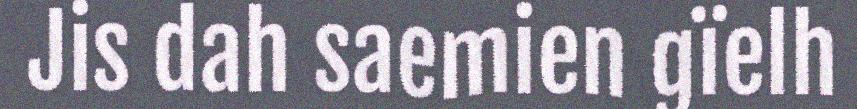
Jis dah saemien gïelh